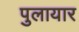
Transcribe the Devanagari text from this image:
पुलायार